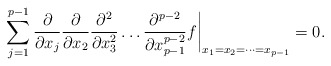
\begin{align*}\sum_{j=1}^{p-1}\frac{\partial}{\partial x_{j}} \frac{\partial}{\partial x_{2}}\frac{\partial^{2}}{\partial x_{3}^{2}} \dots\frac{\partial^{p-2}}{\partial x_{p-1}^{p-2}}f \biggr|_{x_1=x_2=\dots=x_{p-1}}=0.\end{align*}